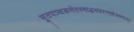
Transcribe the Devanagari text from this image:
भूतपञ्चकमेतस्माद्धयवरण्महेश्वरात्।